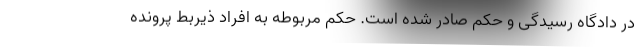
در دادگاه رسیدگی و حکم صادر شده است. حکم مربوطه به افراد ذیربط پرونده